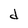
Character: d